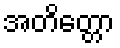
အတိတ္တော